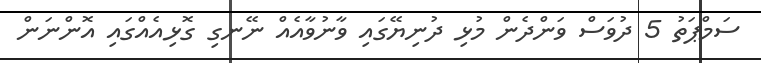
ސަމްޕަތު 5 ދުވަސް ވަންދެން މުޅި ދުނިޔޭގައި ވާނުވާއެއް ނޭނގި ގޮޅިއެއްގައި އޮންނަން